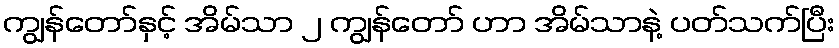
ကျွန်တော်နှင့် အိမ်သာ ၂ ကျွန်တော် ဟာ အိမ်သာနဲ့ ပတ်သက်ပြီး